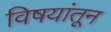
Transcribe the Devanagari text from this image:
विषयांतून